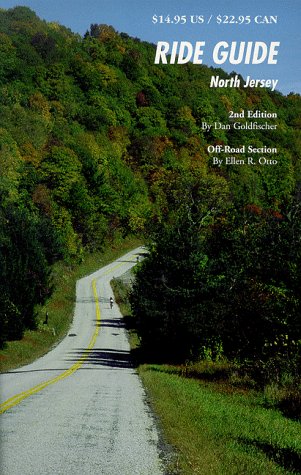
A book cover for Ride Guide North Jersey (Ride Guides); Dan Goldfischer; Travel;